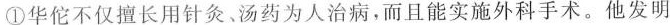
①华佗不仅擅长用针灸。汤药为人治病，而且能实施外科手术。他发明